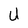
Character: U